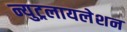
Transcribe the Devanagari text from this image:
न्युट्रलायलेशन